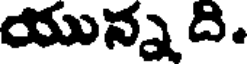
యున్న ది.